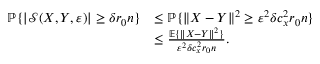
\begin{array} { r l } { \mathbb { P } \{ | \mathcal { S } ( X , Y , \varepsilon ) | \ge \delta r _ { 0 } n \} } & { \le \mathbb { P } \{ \| X - Y \| ^ { 2 } \ge \varepsilon ^ { 2 } \delta c _ { x } ^ { 2 } r _ { 0 } n \} } \\ & { \le \frac { \mathbb { E } \{ \| X - Y \| ^ { 2 } \} } { \varepsilon ^ { 2 } \delta c _ { x } ^ { 2 } r _ { 0 } n } . } \end{array}